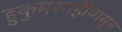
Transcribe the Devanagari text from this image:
हुकुमशाहीपासून